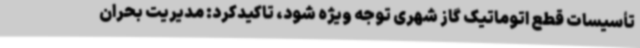
تأسیسات قطع اتوماتیک گاز شهری توجه ویژه شود، تاکیدکرد: مدیریت بحران